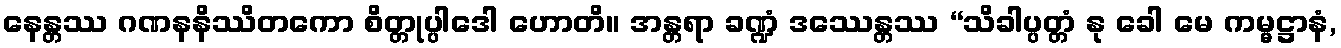
နေန္တဿ ဂဏနနိဿိတကော စိတ္တုပ္ပါဒေါ ဟောတိ။ အန္တရာ ခဏ္ဍံ ဒဿေန္တဿ “သိခါပ္ပတ္တံ နု ခေါ မေ ကမ္မဋ္ဌာနံ,